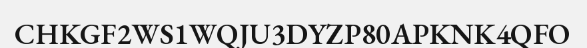
CHKGF2WS1WQJU3DYZP80APKNK4QFO